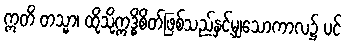
ဣတိ တသ္မာ၊ ထိုသို့ဣဒ္ဓိစိတ်ဖြစ်သည်နှင့်မျှသောကာလ၌ ပင်